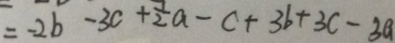
= - 2 b - 3 c + \frac { 1 } { 2 } a - c + 3 b + 3 c - 3 a